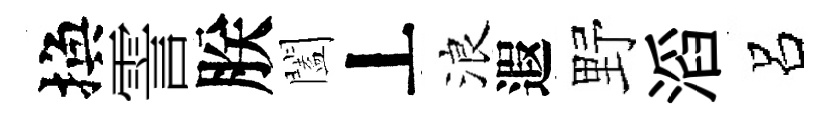
換霅朕闔丄浪遐野滔呂